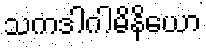
သကဒါဂါမိနိယော